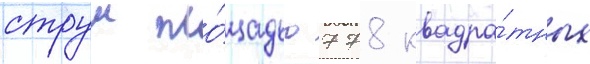
струи пло́щадью 778 квадра́тных